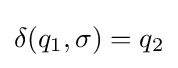
{\textstyle \delta (q_{1},\sigma )=q_{2}}